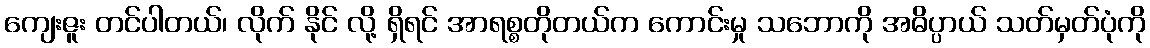
ကျေးဇူး တင်ပါတယ်၊ လိုက် နိုင် လို့ ရှိရင် အာရစ္စတိုတယ်က ကောင်းမှု သဘောကို အဓိပ္ပာယ် သတ်မှတ်ပုံကို